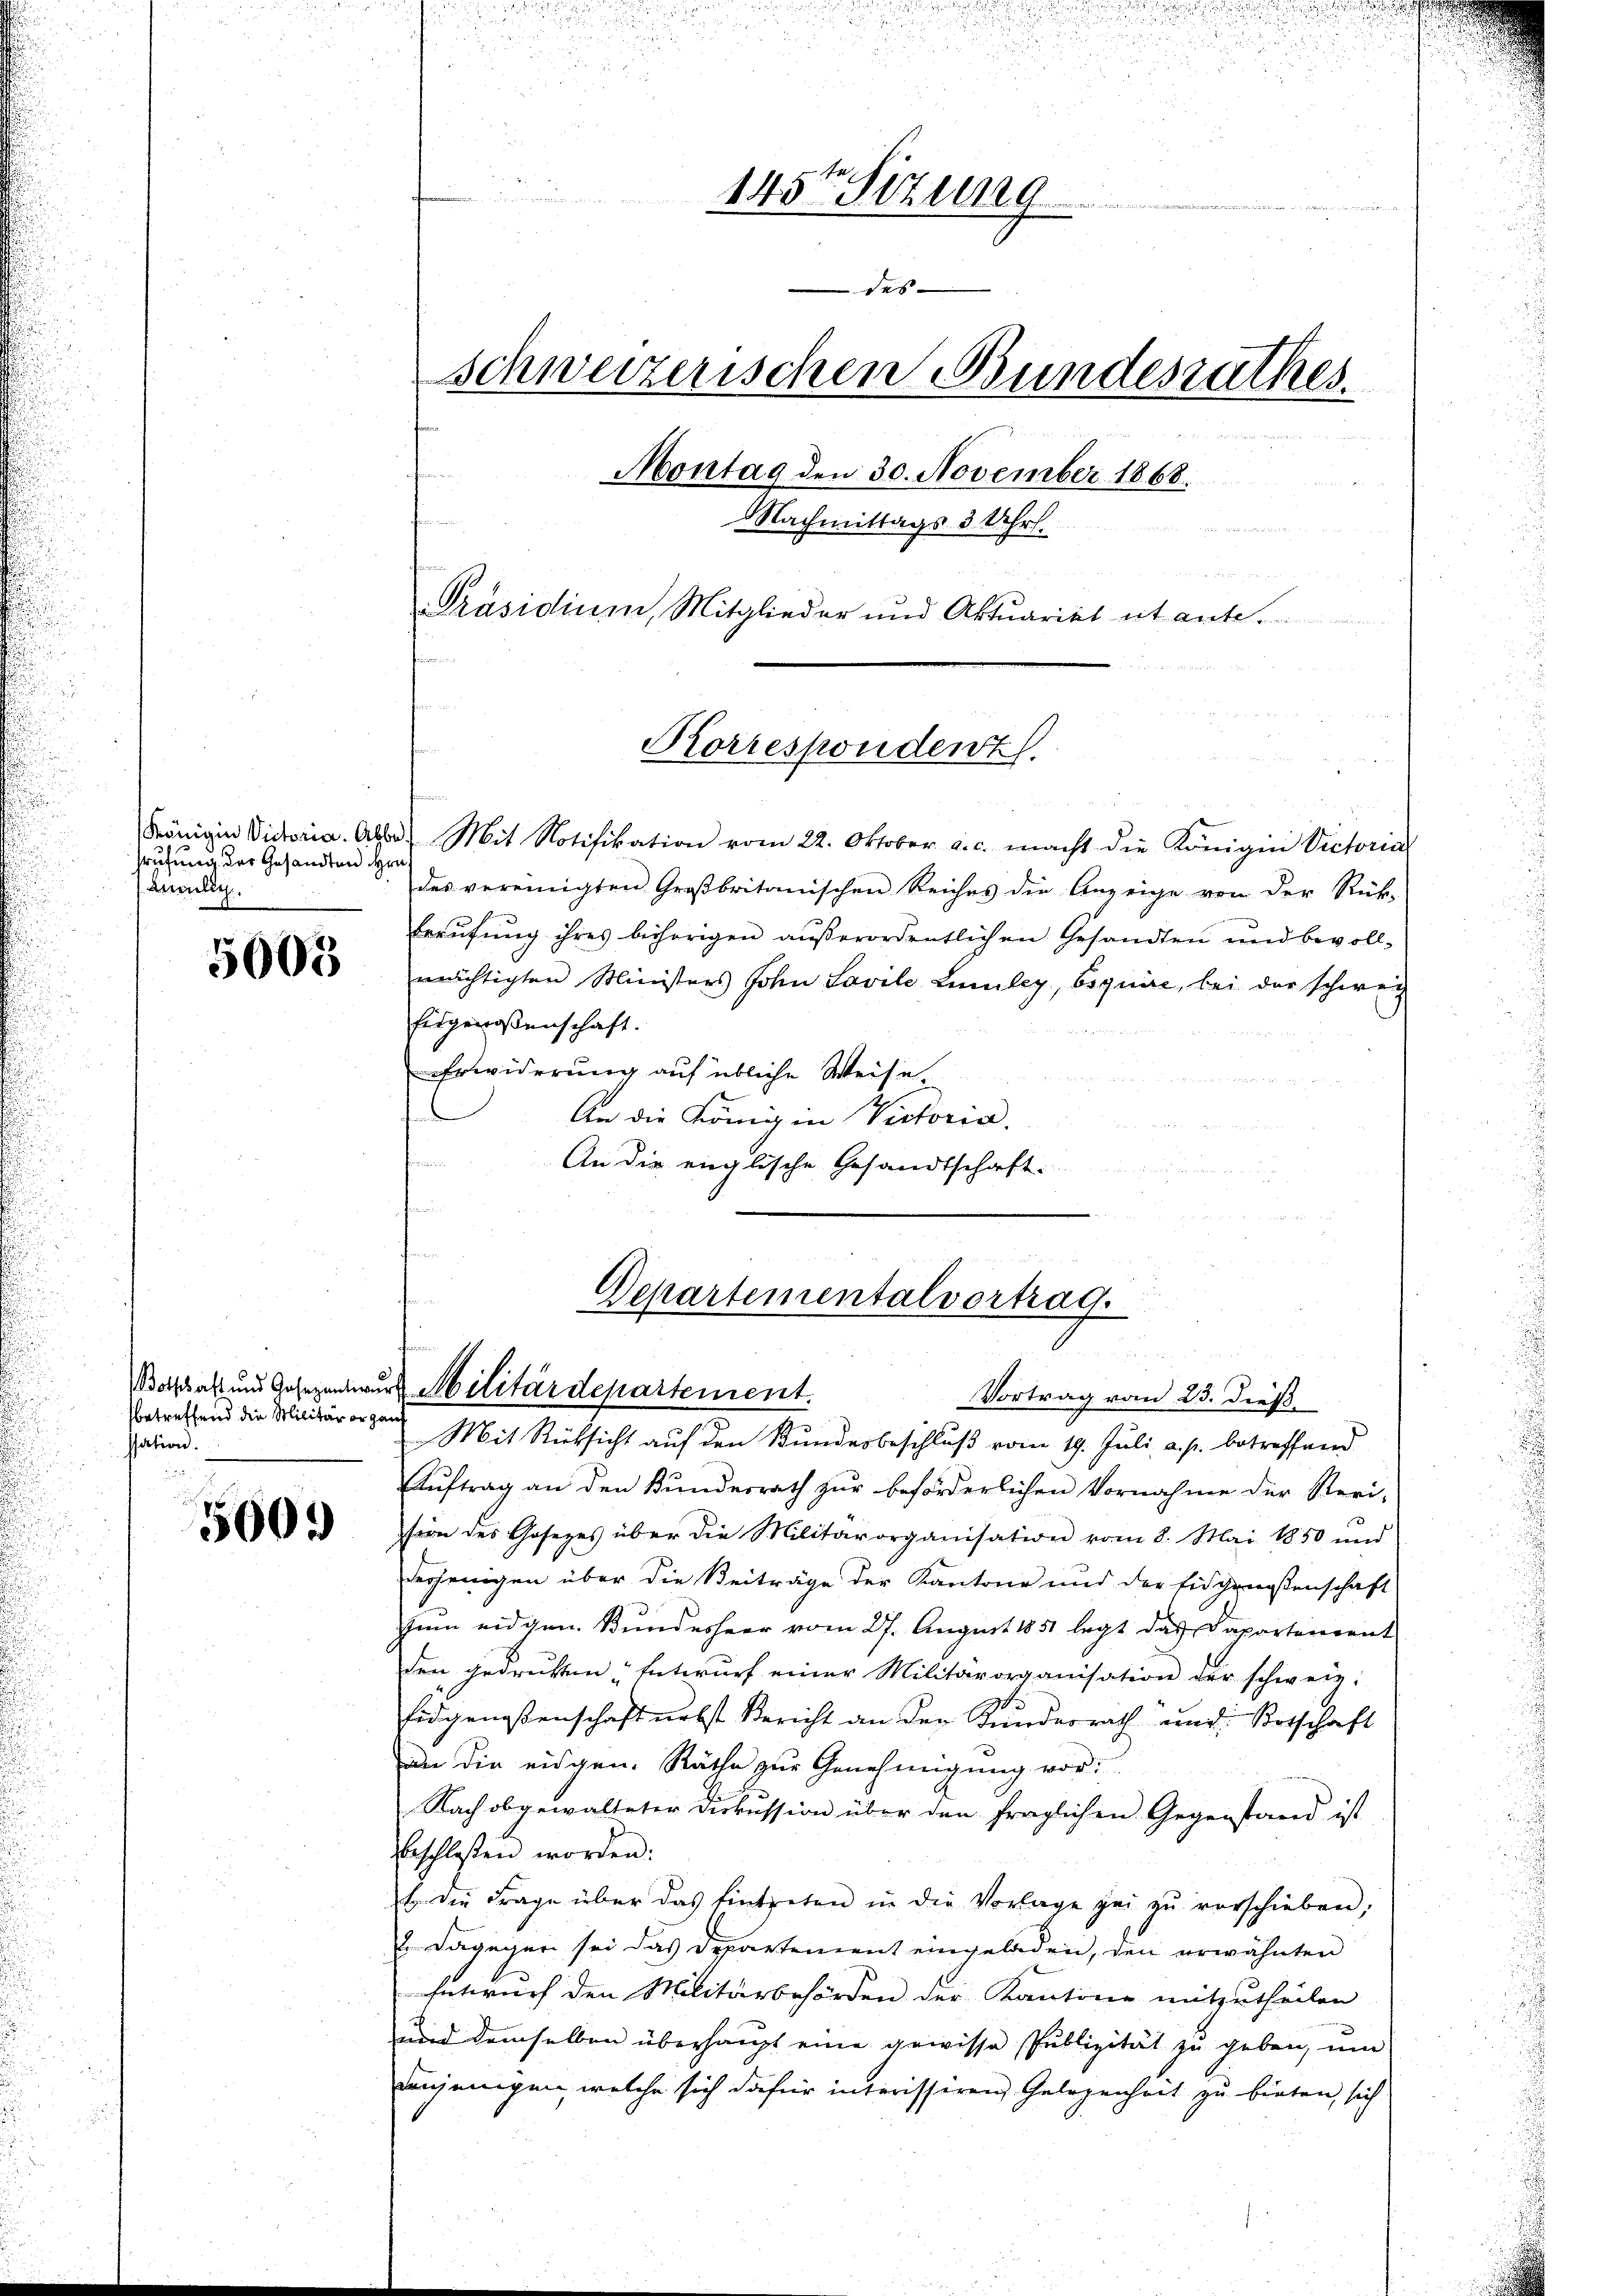
Prüfung des Gesandten Hrn.
Anclin

5005

betreffend die Militär er gan
ssation.
u

500.

u
u

145te Sitzung

5
schweizerischen Bundesrathes.
fen
Montag den 30. November 1868.
Nachmittags 3 Uhr.
 d 14 de
Präsidium, Mitglieder und Aktuariat et ante.

Korrespondert.

Königin Victoria. Albe. Mit Notifikation vom 22. Oktober a. c. macht die Königin Victoria
des vereinigten Großbritanischen Reiches die Anzeige von der Rück-
Berufung ihres behörigen außerordentlichen Gesandten und bevollmächtigten Ministers John Lavile Einley, bequire, bei der schweiz
Eidgenossenschaft.
Erwiderung auf übliche Weise
An die König in Victoria.
i
An die englische Gesandtschaft

Departementalvortrag.
d
Botschaft und Gesezentwurf Militärdepartement.
Vortrag vom 25. dieß.

Mit Rücksicht auf den Bundesbeschluß vom 19. Juli a. p. betreffend
Auftrag an den Kundesrath zur beförderlichen Vornahme der Revi-
sion des Gesezes über die Militärorganisation vom 8. Mai 1850 und
derjenigen über die Beiträge der Kantone und der Eidgenossenschaft
zum eidgen. Bundesheer vom 27. August 1851 legt das Dapartenrent
den gedrukten. Entwurf einer Militärorganisation der schweiz.
Eidgenossenschaft nebst Bericht an der Kundesrath und Botschaft
Dan die eidgen. Räthe zur Genehmigung vor:
Nach obgewalteter Diskussion über den fraglichen Gegenstand ist
beschlossen worden.
b die Frage über das Eintreten in die Vorlage zei zŭ verschieben;
 Lägeiser sei das Departement eingeladen, den erwähnten
Entwurf den Militärbehörden der Kantons mitzutheilen
und demselben überhaupt eine gewisse Publizität zu geben, um
denjenigen, welche sich dafür interissiren Gelegenheit zu bieten, sich